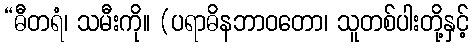
“ဓီတရံ၊ သမီးကို။ (ပရာဓိနဘာဝတော၊ သူတစ်ပါးတို့နှင့်